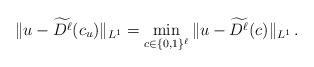
LaTeX: \begin{align*} \| u - \widetilde{D^\ell} (c_u) \|_{L^1} = \min_{c \in \{0,1\}^\ell} \| u - \widetilde{D^\ell} (c) \|_{L^1} \, .\end{align*}